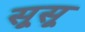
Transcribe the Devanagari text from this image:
सूसू